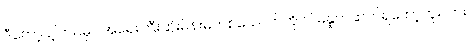
ဒီတော့ ငါ့ဘဝမှာ အရေးကြီးဆုံးမိန်းမတစ်ယောက်ကို ငါ မနှုတ်ဆက်ရတော့ဘူးလား